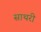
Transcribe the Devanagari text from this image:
साथरी